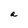
Character: a